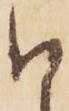
候